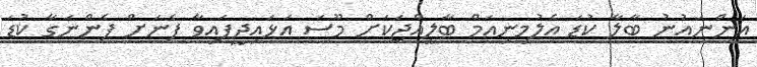
އަންނައުނު ބާލާ ކުޑަ އެލުމިނިއަމް ބާލީއްޖަކަށް މޫސަ އަޅައިދީފައިވާ ފެނަށް ފެންނަގާ ކުޑަ